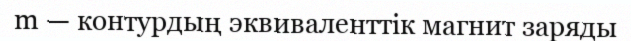
m — контурдың эквиваленттік магнит заряды